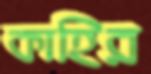
কাহির